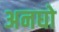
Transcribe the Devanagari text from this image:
अनघो